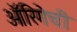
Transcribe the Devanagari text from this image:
ऑरिगेची